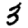
Digit: 3